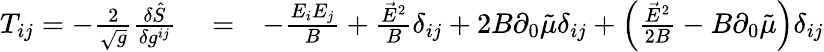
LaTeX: \begin{array}{rlr}{T_{ij}=-\frac{2}{\sqrt{g}}\frac{\delta\hat{S}}{\delta g^{ij}}}&{{}=}&{-\frac{E_{i}E_{j}}{B}+\frac{\vec{E}^{2}}{B}\delta_{ij}+2B\partial_{0}\tilde{\mu}\delta_{ij}+\left(\frac{\vec{E}^{2}}{2B}-B\partial_{0}\tilde{\mu}\right)\delta_{ij}}\end{array}